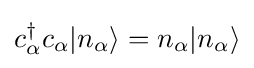
c_{\alpha }^{\dagger }c_{\alpha }|n_{\alpha }\rangle =n_{\alpha }|n_{\alpha }\rangle